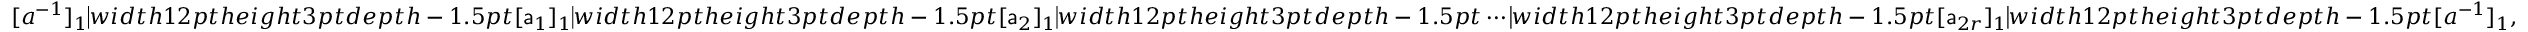
[ a ^ { - 1 } ] _ { 1 } \mathord { \vrule w i d t h 1 2 p t h e i g h t 3 p t d e p t h - 1 . 5 p t } [ \mathsf { a } _ { 1 } ] _ { 1 } \mathord { \vrule w i d t h 1 2 p t h e i g h t 3 p t d e p t h - 1 . 5 p t } [ \mathsf { a } _ { 2 } ] _ { 1 } \mathord { \vrule w i d t h 1 2 p t h e i g h t 3 p t d e p t h - 1 . 5 p t } \cdots \mathord { \vrule w i d t h 1 2 p t h e i g h t 3 p t d e p t h - 1 . 5 p t } [ \mathsf { a } _ { 2 r } ] _ { 1 } \mathord { \vrule w i d t h 1 2 p t h e i g h t 3 p t d e p t h - 1 . 5 p t } [ a ^ { - 1 } ] _ { 1 } ,